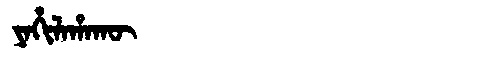
Manchu: ᠶᠠᡥᡳᠯᠠᡥᠠᡴᡡ
Romanization: YAHILAHAKŪ